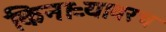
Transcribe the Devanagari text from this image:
किनाऱ्यावरच